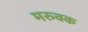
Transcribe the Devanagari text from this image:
मरुवक